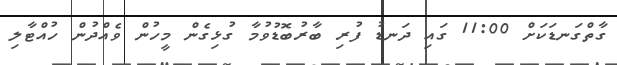
ގާތްގަނޑަކަށް 11:00 ގައި ދަނޑު ފުރި ބާރުބޮޑުވުމާ ގުޅިގެން މީހުން ވެއްދުން ހުއްޓާލި